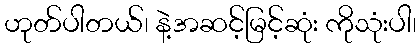
ဟုတ်ပါတယ်၊ နဲ့အဆင့်မြင့်ဆုံး ကိုသုံးပါ၊